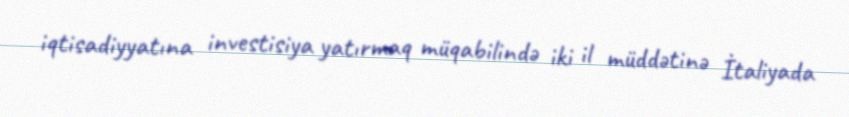
iqtisadiyyatına investisiya yatırmaq müqabilində iki il müddətinə İtaliyada